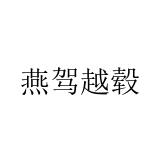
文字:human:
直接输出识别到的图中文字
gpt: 燕驾越毂